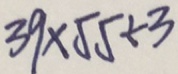
3 9 \times 5 5 + 3